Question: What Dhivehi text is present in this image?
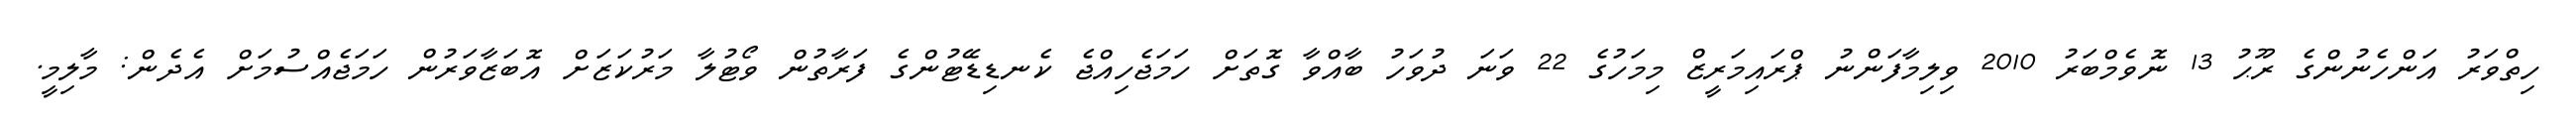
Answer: ހިތްވަރު އަންހެނުންގެ ރޫޙު 13 ނޮވެމްބަރު 2010 ވިލިމާފަންނު ޕްރައިމަރީޒް މިމަހުގެ 22 ވަނަ ދުވަހު ބާއްވާ ގޮތަށް ހަމަޖެހިއްޖެ ކެނޑިޑޭޓުންގެ ފަރާތުން ވޯޓުލާ މަރުކަޒަށް އޮބަޒާވަރުން ހަމަޖެއްސުމަށް އެދެން: މާލިމީ.